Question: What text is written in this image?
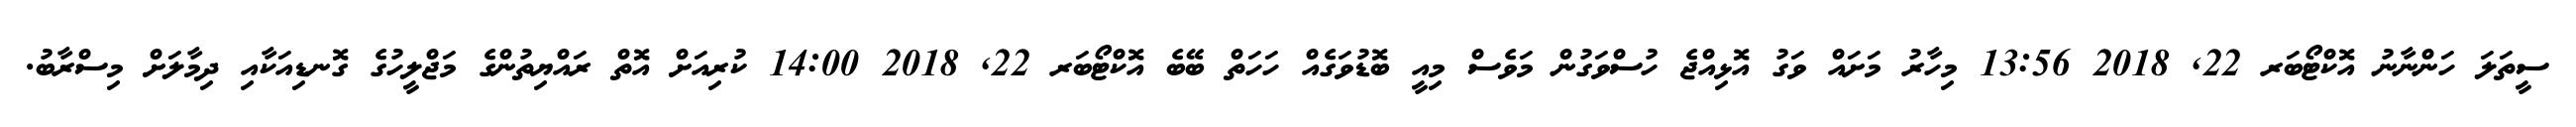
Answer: ސީތަލަ ހަންނާނު އޮކްޓޯބަރ 22, 2018 13:56 މިހާރު މަށައް ވަގު އޮޅިއްޖެ ހުސްވަގުން މަވެސް މިއީ ބޮޑުވަގެއް ހަހަތް ބޭބެ އޮކްޓޯބަރ 22, 2018 14:00 ކުރިއަށް އޮތް ރައްޔިތުންގެ މަޖްލީހުގެ ގޮނޑިއަކާއި ދިމާލަށް މިސްރާބު.